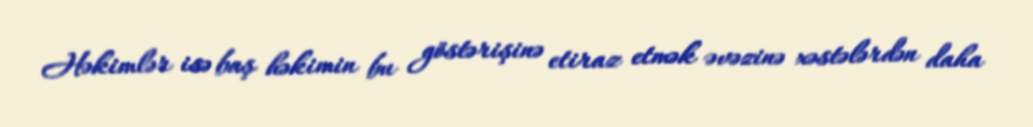
Həkimlər isə baş həkimin bu göstərişinə etiraz etmək əvəzinə xəstələrdən daha